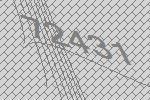
72431